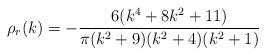
LaTeX: \begin{align*}\rho_{r}(k) = - {{6 (k^4 + 8 k^2 + 11)} \over {\pi (k^2 + 9) (k^2 + 4) (k^2 + 1)}}\end{align*}